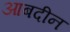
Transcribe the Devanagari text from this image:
आबदीन